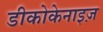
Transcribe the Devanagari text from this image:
डीकोकेनाइज़